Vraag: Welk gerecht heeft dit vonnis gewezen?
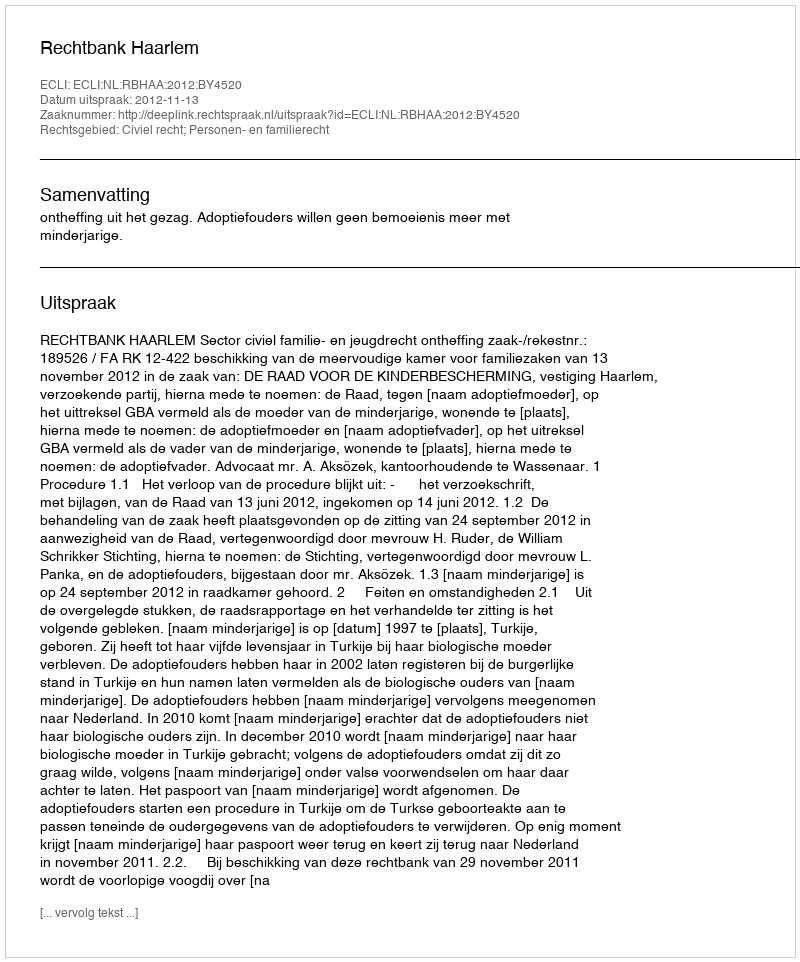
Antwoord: Rechtbank Haarlem